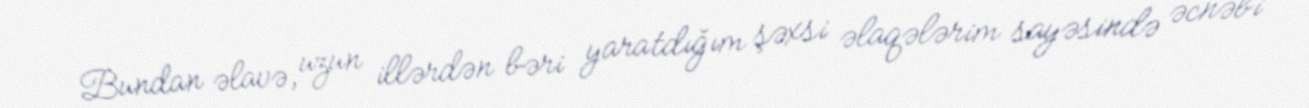
Bundan əlavə, uzun illərdən bəri yaratdığım şəxsi əlaqələrim sayəsində əcnəbi